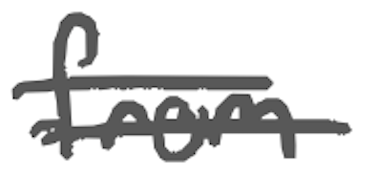
Text: from
Cross-out: double-line
Writing tool: digital_gray